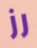
رز